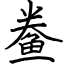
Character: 鲞